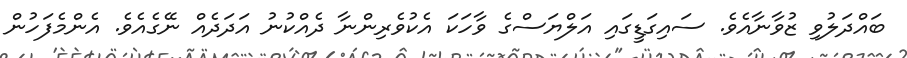
ބައްދަލުވި ޒުވާނާއެވެ. ސައިގަޑީގައި އަލްޔަސްގެ ވާހަކަ އެކުވެރިންނާ ދެއްކުނު އަދަދެއް ނޭގެއެވެ. އެންމެފަހުން